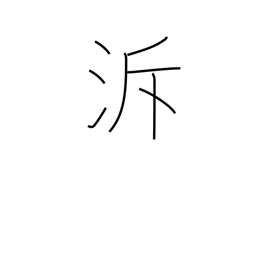
Meaning: go upstream